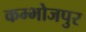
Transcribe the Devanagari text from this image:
कम्भोजपुर